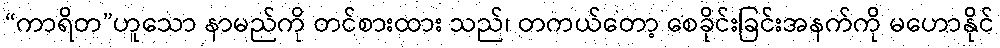
“ကာရိတ”ဟူသော နာမည်ကို တင်စားထား သည်၊ တကယ်တော့ စေခိုင်းခြင်းအနက်ကို မဟောနိုင်